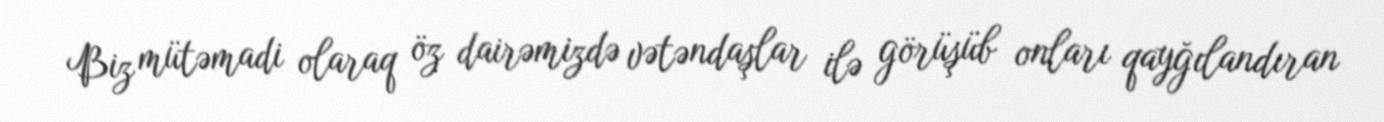
Biz mütəmadi olaraq öz dairəmizdə vətəndaşlar ilə görüşüb onları qayğılandıran